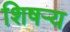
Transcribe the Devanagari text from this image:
शिषऱ्य